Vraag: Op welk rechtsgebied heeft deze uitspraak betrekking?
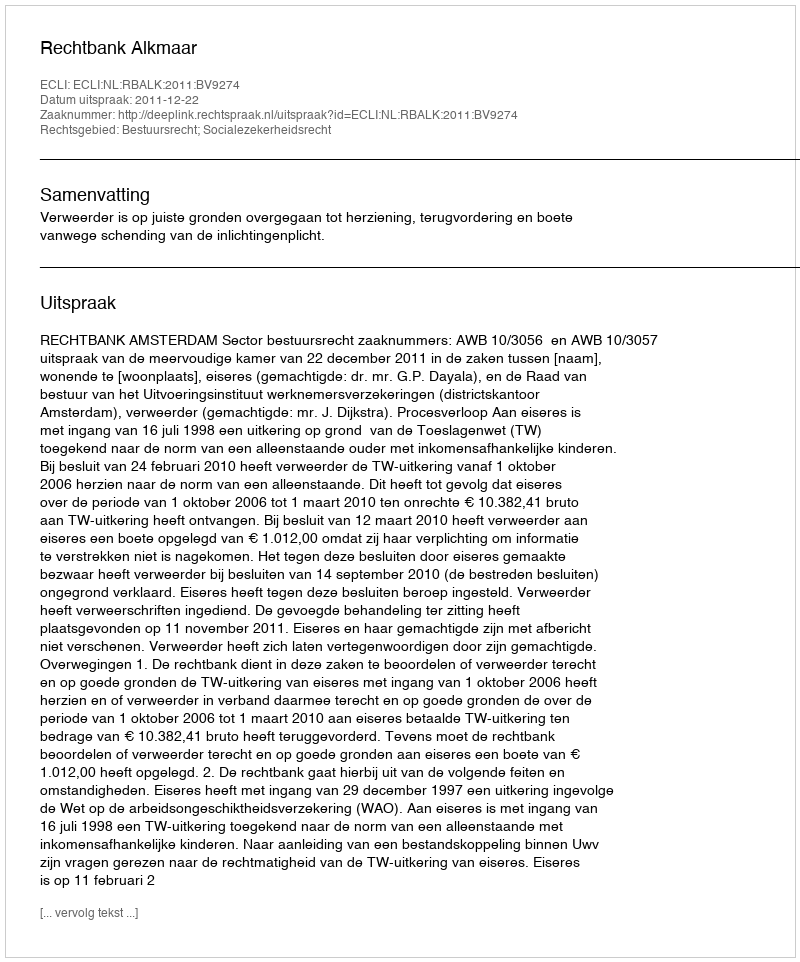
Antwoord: Bestuursrecht; Socialezekerheidsrecht